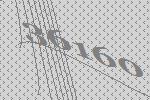
36160